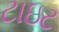
ટાઇટ